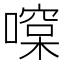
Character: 𠾯